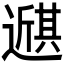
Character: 𫑇